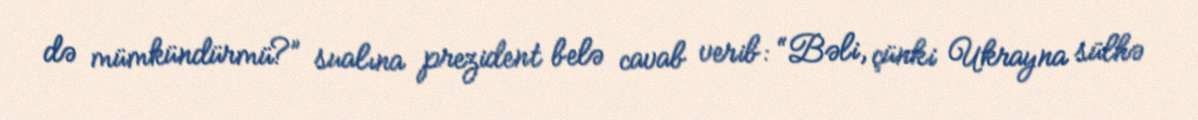
də mümkündürmü?” sualına prezident belə cavab verib: “Bəli, çünki Ukrayna sülhə